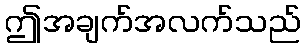
ဤအချက်အလက်သည်